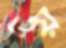
ওয়